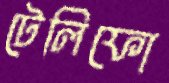
টেলিফো